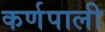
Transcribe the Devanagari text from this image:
कर्णपाली